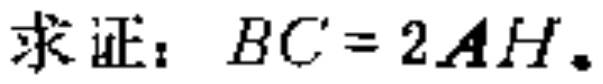
求证：$BC = 2AH$。